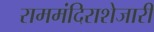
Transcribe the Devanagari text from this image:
राममंदिराशेजारी